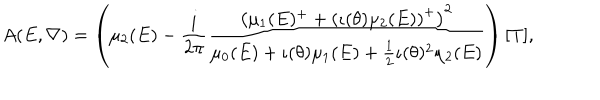
A ( E , \nabla ) = \left( \mu _ { 2 } ( E ) - \frac { i } { 2 \pi } \frac { \left( \mu _ { 1 } ( E ) ^ { + } + \left( \iota ( \theta ) \mu _ { 2 } ( E ) \right) ^ { + } \right) ^ { 2 } } { \mu _ { 0 } ( E ) + \iota ( \theta ) \mu _ { 1 } ( E ) + \frac { 1 } { 2 } \iota ( \theta ) ^ { 2 } \mu _ { 2 } ( E ) } \right) [ T ] ,